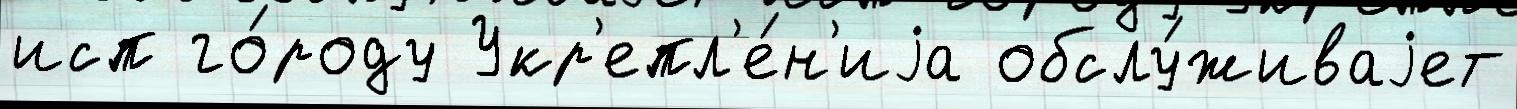
исп го́роду Укр'епл'е́н'иjа обслу́живаjет